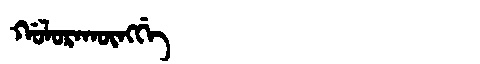
Manchu: ᡤᠣᠯᠣᡵᠠᡴᡡᠩᡤᡝ
Romanization: GOLORAKŪNGGE